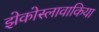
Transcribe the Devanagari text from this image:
झेकोस्लावाकिया